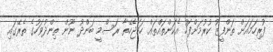
ފުރިހަމައަށް ތަންފީޒު ކުރުމަށްފަހު އެކަންތައްތައް ހަމަޖެހޭތާ ރަސްމީ ބަންދު ނޫން ތިންދުވަހުގެ ތެރޭގައި